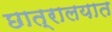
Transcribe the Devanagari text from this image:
छात्रालयात